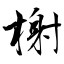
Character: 榭